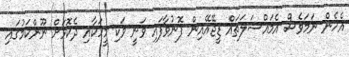
އެހެން ނަމަވެސް އެމައްސަލަތައް ޑީޖޭއޭއިން ފޮނުވާފައި ވަނީ ވަކި މީހަކާއި ދެކޮޅަށް ނޫންކަމުގައި